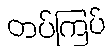
တပ်ကြပ်